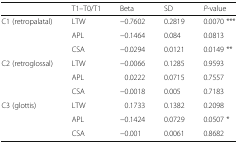
<table><thead><tr><td></td><td><b>T1–T0/T1</b></td><td><b>Beta</b></td><td><b>SD</b></td><td><b><i>P</i>-value</b></td></tr></thead><tbody><tr><td rowspan="3">C1 (retropalatal)</td><td>LTW</td><td>−0.7602</td><td>0.2819</td><td>0.0070 ***</td></tr><tr><td>APL</td><td>−0.1464</td><td>0.084</td><td>0.0813</td></tr><tr><td>CSA</td><td>−0.0294</td><td>0.0121</td><td>0.0149 **</td></tr><tr><td rowspan="3">C2 (retroglossal)</td><td>LTW</td><td>−0.0066</td><td>0.1285</td><td>0.9593</td></tr><tr><td>APL</td><td>0.0222</td><td>0.0715</td><td>0.7557</td></tr><tr><td>CSA</td><td>−0.0018</td><td>0.005</td><td>0.7183</td></tr><tr><td rowspan="3">C3 (glottis)</td><td>LTW</td><td>0.1733</td><td>0.1382</td><td>0.2098</td></tr><tr><td>APL</td><td>−0.1424</td><td>0.0729</td><td>0.0507 *</td></tr><tr><td>CSA</td><td>−0.001</td><td>0.0061</td><td>0.8682</td></tr></tbody></table>